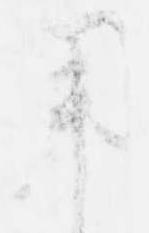
用